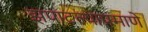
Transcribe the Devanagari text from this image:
झपाटल्याप्रमाणे